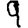
Digit: 9